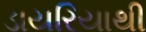
ડાયરિયાથી